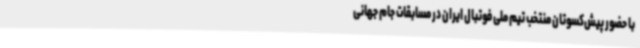
با حضور پیش‌کسوتان منتخب تیم ملی فوتبال ایران در مسابقات جام جهانی